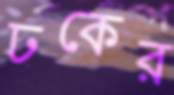
ঢকের